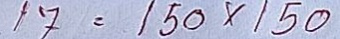
17 = 150 x 150